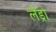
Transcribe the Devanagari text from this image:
लैंड्रो